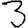
Digit: 3